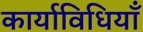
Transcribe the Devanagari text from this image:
कार्याविधियाँ